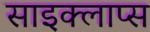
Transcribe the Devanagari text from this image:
साइक्लाप्स